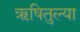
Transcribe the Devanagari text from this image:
ऋषितुल्या